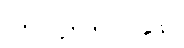
၁၅။ ၄၅.၅% နှုန်း